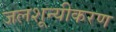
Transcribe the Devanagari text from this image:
जलशून्यीकरण